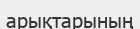
арықтарының